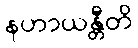
နဟာယန္တီတိ